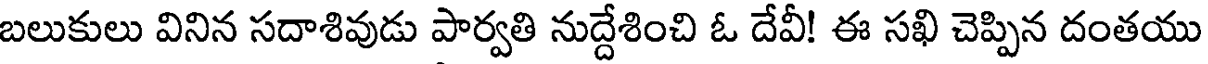
బలుకులు వినిన సదాశివుడు పార్వతి నుద్దేశించి ఓ దేవీ! ఈ సఖి చెప్పిన దంతయు